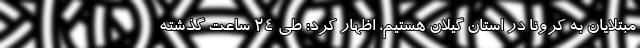
مبتلایان به کرونا در استان گیلان هستیم، اظهار کرد: طی ۲۴ ساعت گذشته